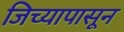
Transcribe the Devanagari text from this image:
जिच्यापासून